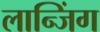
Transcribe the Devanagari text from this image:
लान्जिंग